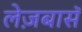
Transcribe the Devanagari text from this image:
लेज़बासॅ